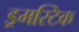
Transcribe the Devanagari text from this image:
ड्रमस्टिक